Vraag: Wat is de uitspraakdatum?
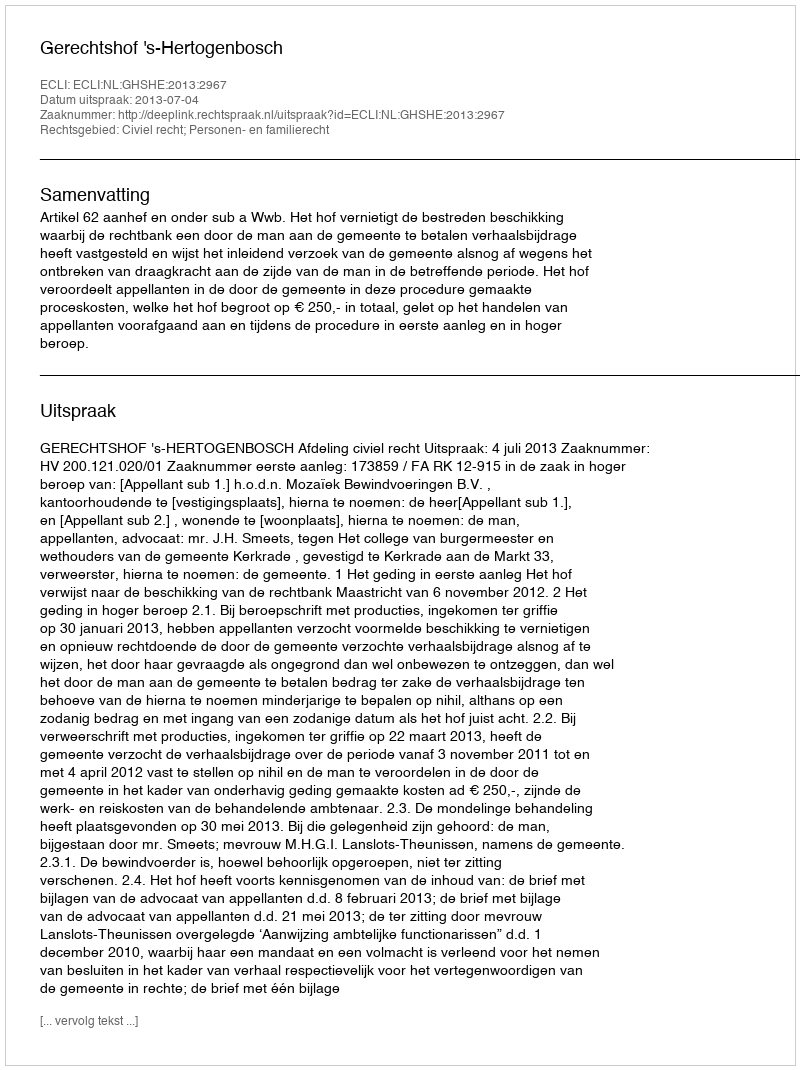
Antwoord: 2013-07-04